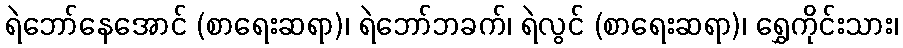
ရဲဘော်နေအောင် (စာရေးဆရာ)၊ ရဲဘော်ဘခက်၊ ရဲလွင် (စာရေးဆရာ)၊ ရွှေကိုင်းသား၊